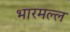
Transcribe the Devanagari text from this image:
भारमल्ल